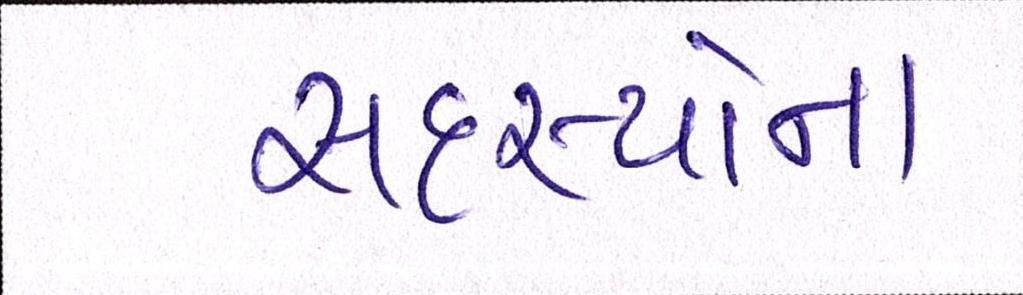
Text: સદસ્યોના